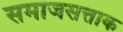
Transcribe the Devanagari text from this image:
समाजसत्ताक